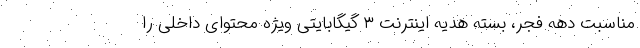
مناسبت دهه فجر، بسته هدیه اینترنت ٣ گیگابایتی ویژه محتوای داخلی را